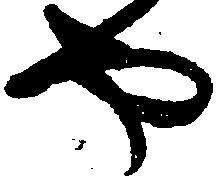
や